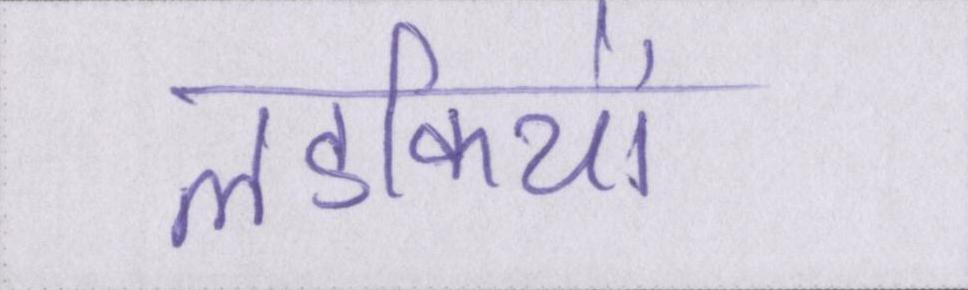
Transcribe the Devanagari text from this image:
लडकियों